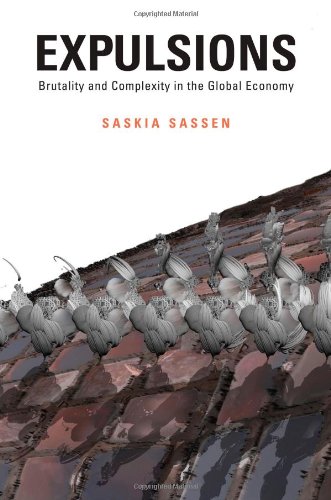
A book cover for Expulsions: Brutality and Complexity in the Global Economy; Saskia Sassen; Business & Money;